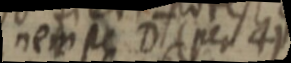
nempe D (per 4)